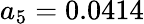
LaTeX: a_{5}=0.0414